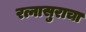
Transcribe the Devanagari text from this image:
रत्नासुराचा